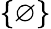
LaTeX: \{ \varnothing\}